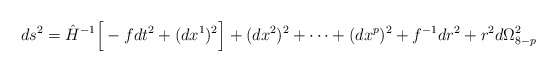
\begin{align*}ds^2 = \hat{H}^{-1} \Big[ -f dt^2 + (dx^1)^2 \Big]+ (dx^2)^2 + \cdots + (dx^p)^2 + f^{-1} dr^2 + r^2 d\Omega_{8-p}^2\end{align*}